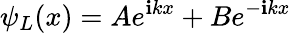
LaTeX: \psi_{L}(x)=Ae^{\mathbf{i}kx}+Be^{-\mathbf{i}kx}